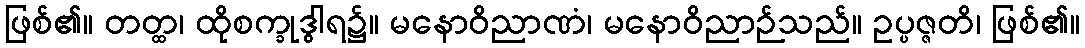
ဖြစ်၏။ တတ္ထ၊ ထိုစက္ခုဒွါရ၌။ မနောဝိညာဏံ၊ မနောဝိညာဉ်သည်။ ဥပ္ပဇ္ဇတိ၊ ဖြစ်၏။